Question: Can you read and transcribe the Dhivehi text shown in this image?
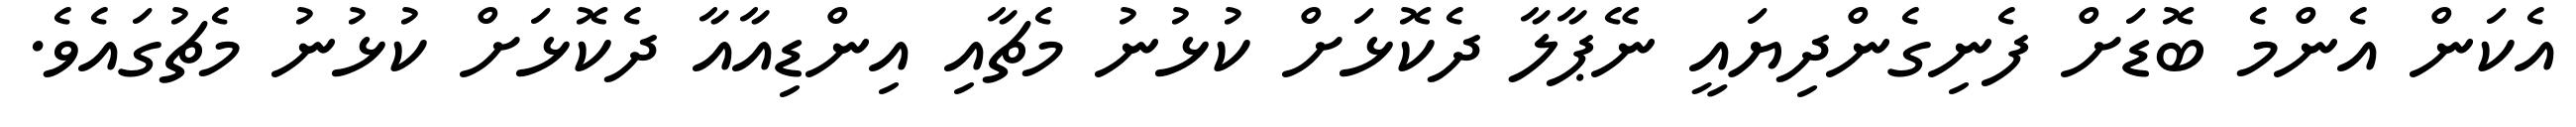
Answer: އެކަން އެންމެ ބޮޑަށް ފެނިގެންދިޔައީ ނޭޕާލާ ދެކޮޅަށް ކުޅުނު މެޗާއި އިންޑިއާއާ ދެކޮޅަށް ކުޅުނު މެޗުގައެވެ.